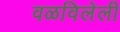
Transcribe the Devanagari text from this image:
वळविलेली